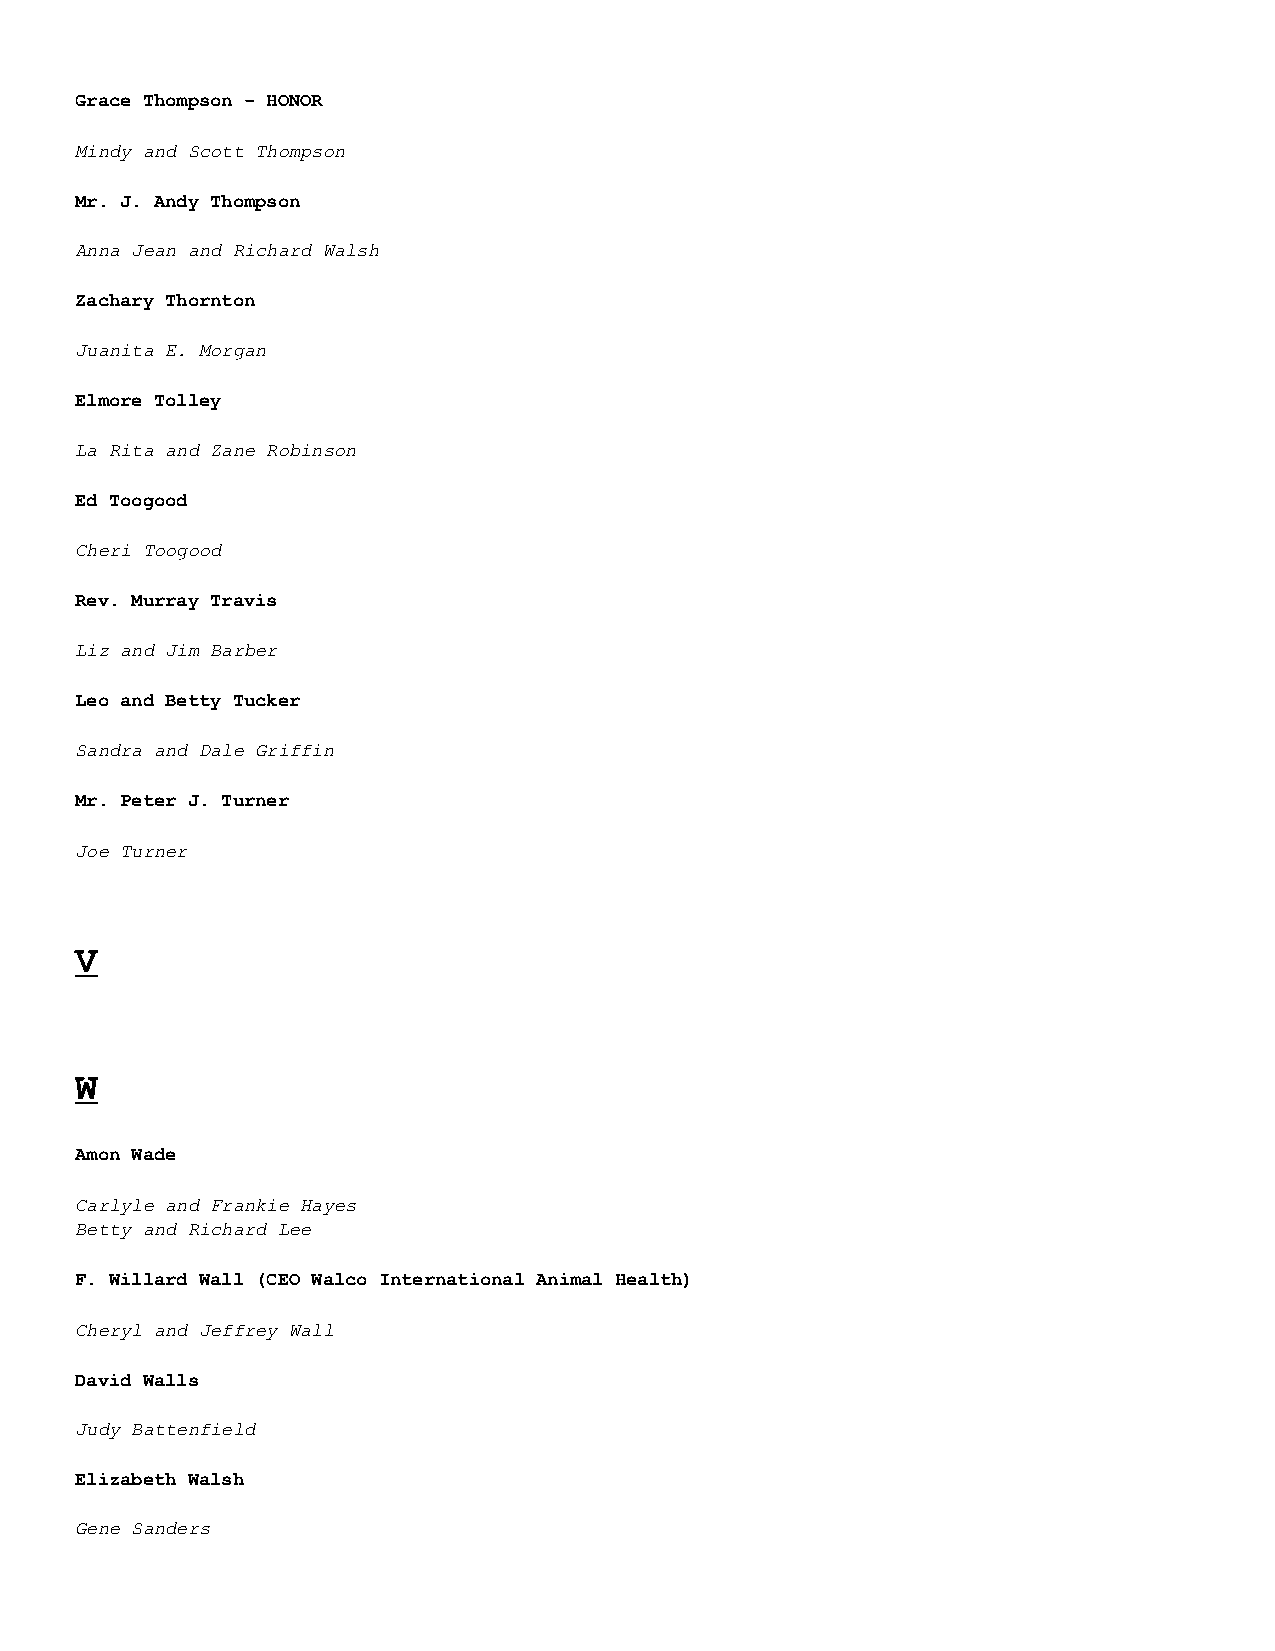
Grace Thompson – HONOR
 Mindy and Scott Thompson
 Mr. J. Andy Thompson
 Anna Jean and Richard Walsh
 Zachary Thornton
 Juanita E. Morgan
 Elmore Tolley
 La Rita and Zane Robinson
 Ed Toogood
 Cheri Toogood
 Rev. Murray Travis
 Liz and Jim Barber
 Leo and Betty Tucker
 Sandra and Dale Griffin
 Mr. Peter J. Turner
 Joe Turner
 V
 W
 Amon Wade
 Carlyle and Frankie Hayes
 Betty and Richard Lee
 F. Willard Wall (CEO Walco International Animal Health)
 Cheryl and Jeffrey Wall
 David Walls
 Judy Battenfield
 Elizabeth Walsh
 Gene Sanders